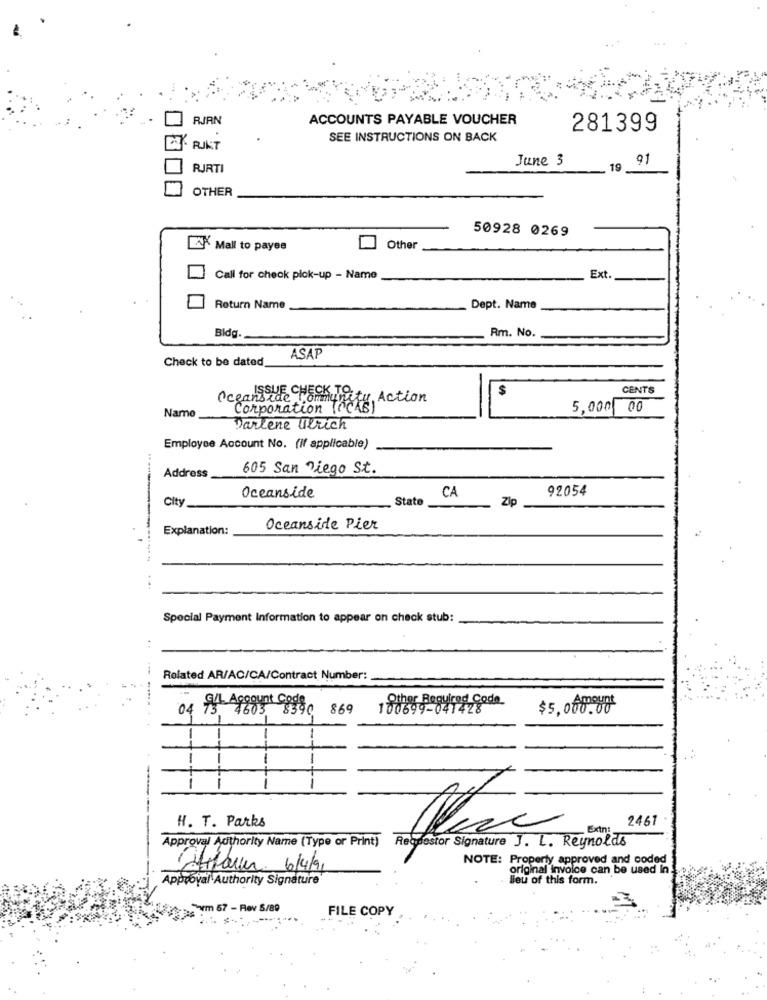
ACCOUNTS PAYABLE VOUCHER
RIRN
281399
SEE INSTRUCTIONS ON BACK
- RIKT
June 3
91
RJRTI
19
OTHER
50928 0269
LA Mall to payee
Other
Call for check pick-up - Name
Ext.
Return Name
Dept. Name
Bldg.
Rm. No.
Check to be dated
ASAP
$
CENTS
Oceanside 통일
Corporation the
Community, Action
5,000 00
Name
Darlene Ulrich
Employee Account No. (If applicable)
605 San Diego St.
Address
CA
92054
City
Oceanside
State
Zip
Explanation:
Oceanside Pier
...
Special Payment Information to appear on check stub:
Related AR/AC/CA/Contract Number:
Other Required Code
04 Cu Account Code
4603 8390 869
$5,000.00
-
-
H. T. Parks
2461
_Extn:
Approval Authority Name (Type or Print) Requestor Signature J. L. Reynolds
NOTE: Property approved and coded
fifaver 6/4/91
original invoice can be used In
Approval Authority Signature
lieu of this form.
Som 57 - Rev 5/89
FILE COPY